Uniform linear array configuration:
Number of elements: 32
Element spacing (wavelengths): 1
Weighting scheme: blackman
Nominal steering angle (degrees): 60
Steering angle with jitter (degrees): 60.912
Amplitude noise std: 0.05
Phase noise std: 0.05

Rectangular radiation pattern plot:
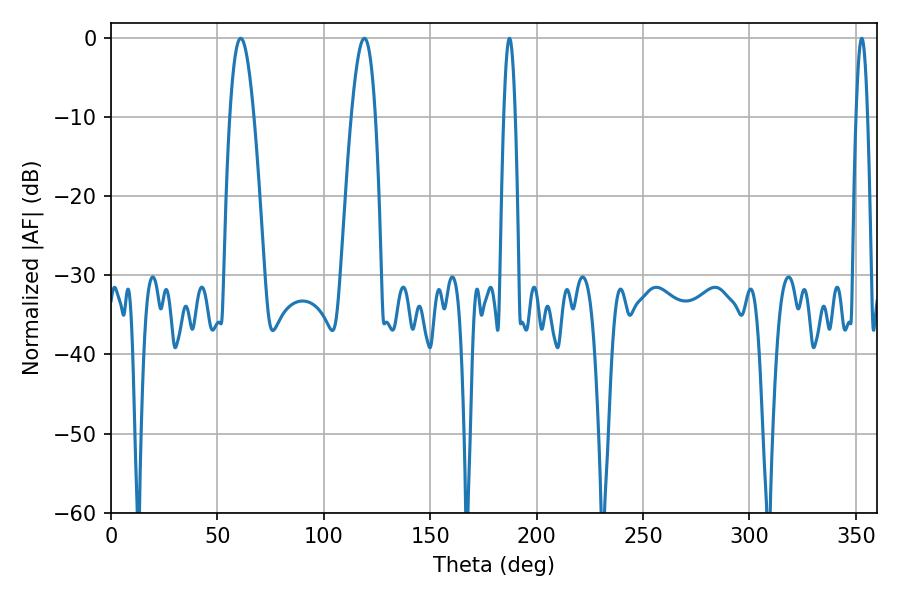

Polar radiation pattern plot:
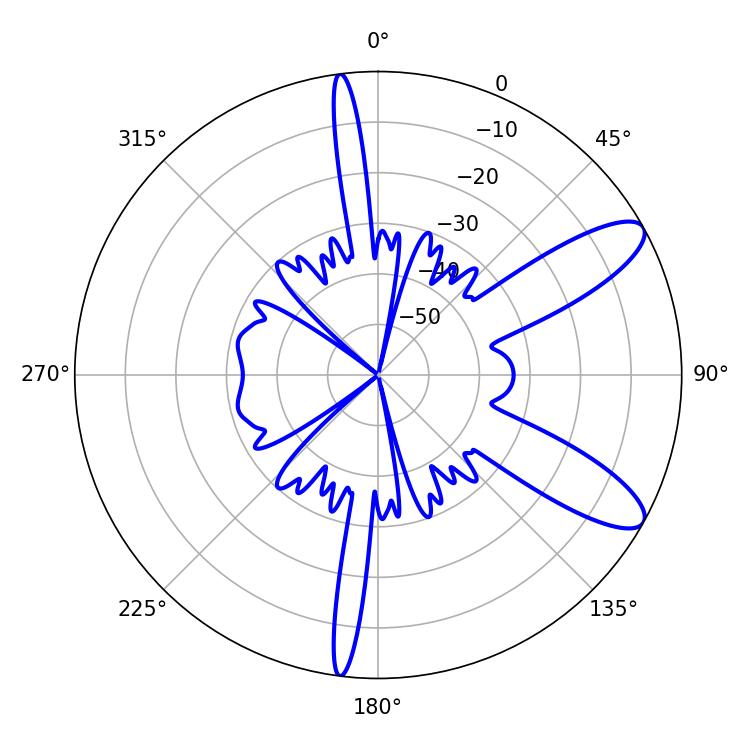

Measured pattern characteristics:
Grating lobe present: TRUE
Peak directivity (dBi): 10.211
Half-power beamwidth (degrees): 2.88
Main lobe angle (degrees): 187.2